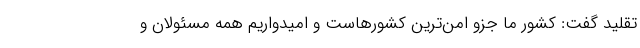
تقلید گفت: کشور ما جزو امن‌ترین کشورهاست و امیدواریم همه مسئولان و